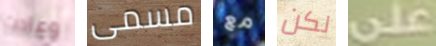
وعادت مسمى مع لكن على